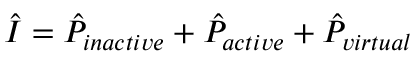
\hat { I } = \hat { P } _ { i n a c t i v e } + \hat { P } _ { a c t i v e } + \hat { P } _ { v i r t u a l }